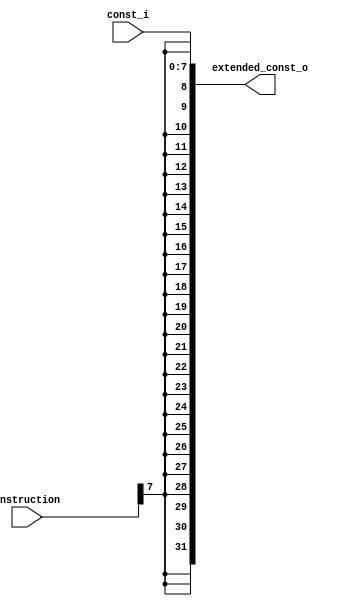
/*
	\brief  .
	\date 22-11-2020
	\author kolpakov dmitrii
*/

module sign_extend(
		input [7:0] const_i,
		input [31:0] instruction,
		output [31:0] extended_const_o
);

	assign extended_const_o =  {{24{instruction[7]}},const_i[7:0]}; //      32 .
endmodule